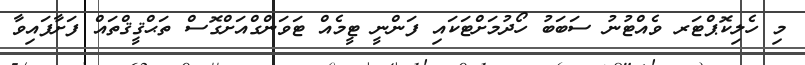
މި ހެލިކޮޕްޓަރ ވެއްޓުނު ސަބަބު ހޯދުމަށްޓަކައި ފަންނީ ޓީމެއް ޓަވަންގްއަށްގޮސް ތަޙްޤީޤްތައް ފަށާފައިވާ